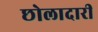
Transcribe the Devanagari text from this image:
छोलादारी